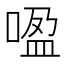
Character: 𰈏